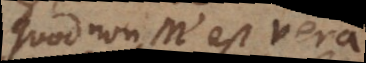
quod non M est vera,